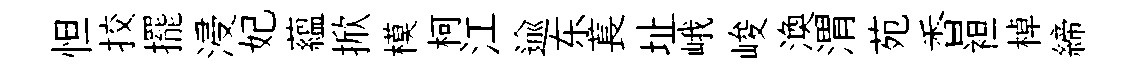
怛挍擺浸妃藴掀模柯江逾东萇址峨峻渙渭苑香袒棹締